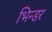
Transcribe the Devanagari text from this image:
भिन्डर